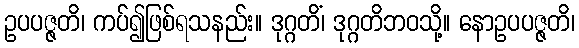
ဥပပဇ္ဇတိ၊ ကပ်၍ဖြစ်ရသနည်း။ ဒုဂ္ဂတိံ၊ ဒုဂ္ဂတိဘဝသို့။ နောဥပပဇ္ဇတိ၊